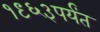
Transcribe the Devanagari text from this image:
१९६३पर्यंत